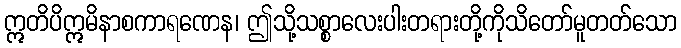
ဣတိပိဣမိနာစကာရဏေန၊ ဤသို့သစ္စာလေးပါးတရားတို့ကိုသိတော်မူတတ်သော